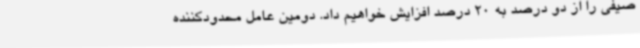
صیفی را از دو درصد به 20 درصد افزایش خواهیم داد. دومین عامل محدودکننده